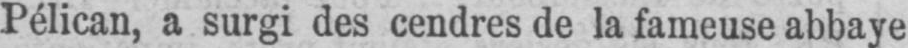
Pélican, a surgi des cendres de la fameuse abbaye